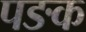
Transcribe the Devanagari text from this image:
पङक